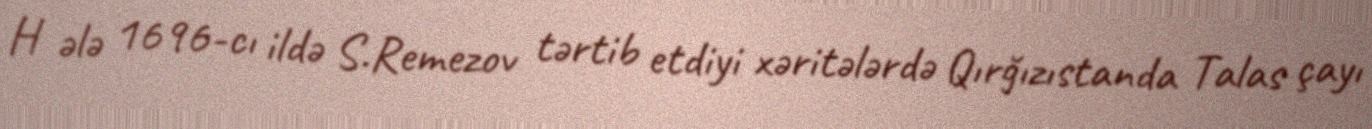
H ələ 1696-cı ildə S.Remezov tərtib etdiyi xəritələrdə Qırğızıstanda Talas çayı